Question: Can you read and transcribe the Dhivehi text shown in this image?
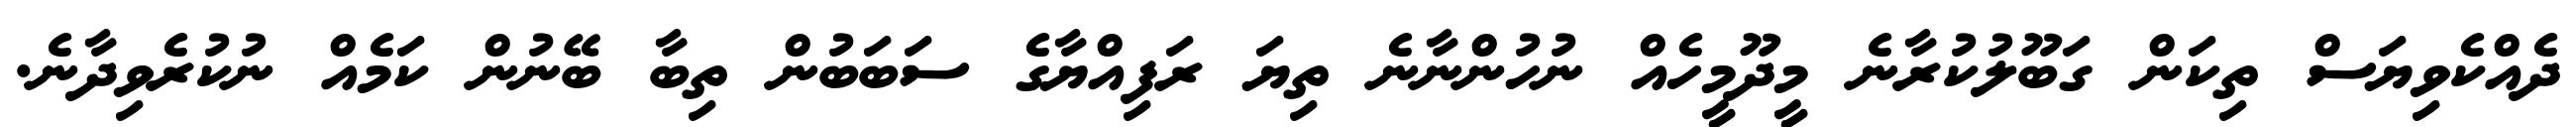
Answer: ދެއްކެވިޔަސް ތިކަން ގަބޫލުކުރާނެ މީދޫމީހެއް ނުހުންނާނެ ތިޔަ ރަފިއްޔާގެ ސަބަބުން ތިބާ ބޭނުން ކަމެއް ނުކުރެވިދާނެ.